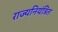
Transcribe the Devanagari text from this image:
राज्यनियंत्रित